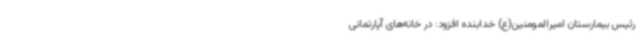
رئیس بیمارستان امیرالمومنین(ع) خدابنده افزود: در خانه‌های آپارتمانی